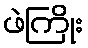
ဖဲကြိုး